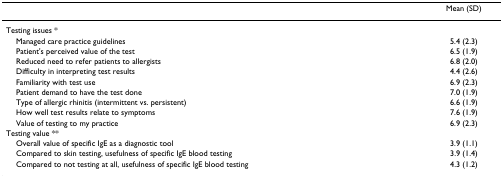
|  | Mean (SD) |
 | --- | --- |
 | Testing issues * |  |
 | Managed care practice guidelines | 5.4 (2.3) |
 | Patient's perceived value of the test | 6.5 (1.9) |
 | Reduced need to refer patients to allergists | 6.8 (2.0) |
 | Difficulty in interpreting test results | 4.4 (2.6) |
 | Familiarity with test use | 6.9 (2.3) |
 | Patient demand to have the test done | 7.0 (1.9) |
 | Type of allergic rhinitis (intermittent vs. persistent) | 6.6 (1.9) |
 | How well test results relate to symptoms | 7.6 (1.9) |
 | Value of testing to my practice | 6.9 (2.3) |
 | Testing value ** |  |
 | Overall value of specific IgE as a diagnostic tool | 3.9 (1.1) |
 | Compared to skin testing, usefulness of specific IgE blood testing | 3.9 (1.4) |
 | Compared to not testing at all, usefulness of specific IgE blood testing | 4.3 (1.2) |